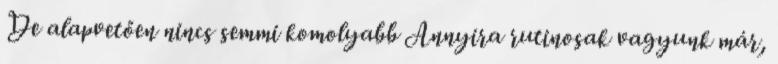
De alapvetően nincs semmi komolyabb Annyira rutinosak vagyunk már,